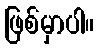
ဖြစ်မှာပါ။